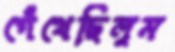
গেঁথেছিলুম